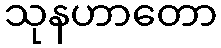
သုနဟာတော